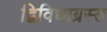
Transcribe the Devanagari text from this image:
द्विविधाग्रस्त